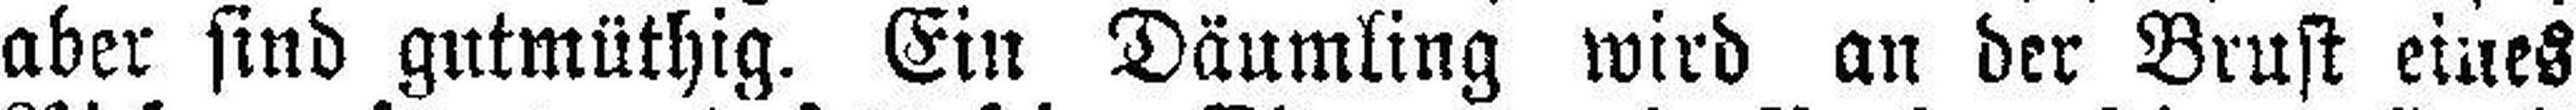
aber sind gutmüthig. Ein Däumling wird an der Brust eines